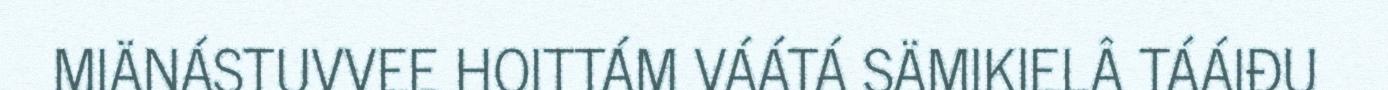
MIÄNÁSTUVVEE HOITTÁM VÁÁTÁ SÄMIKIELÂ TÁÁIĐU